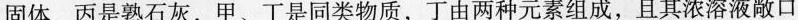
固体，丙是熟石灰，甲、丁是同类物质，丁由两种元素组成，且其浓溶液敞口